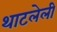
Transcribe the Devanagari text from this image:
थाटलेली